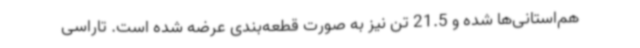
هم‌استانی‌ها شده و 21.5 تن نیز به ‌صورت قطعه‌بندی عرضه شده است. تاراسی